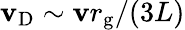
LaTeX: \mathbf{v}_{\mathrm{{D}}}\sim\mathbf{v}r_{\mathrm{{g}}}/(3L)